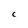
Character: C